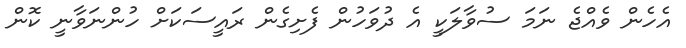
އެހެން ވެއްޖެ ނަމަ ސުވާލަކީ އެ ދުވަހުން ފެށިގެން ރައީސަކަށް ހުންނަވާނީ ކޮން